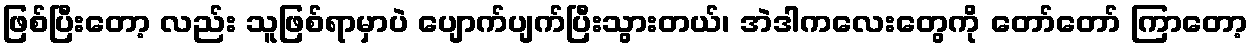
ဖြစ်ပြီးတော့ လည်း သူဖြစ်ရာမှာပဲ ပျောက်ပျက်ပြီးသွားတယ်၊ အဲဒါကလေးတွေကို တော်တော် ကြာတော့